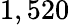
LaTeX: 1,520